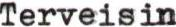
Terveisin